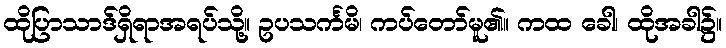
ထိုပြာသာဒ်ရှိရာအရပ်သို့။ ဥပသင်္ကမိ၊ ကပ်တော်မူ၏။ ကထ ခေါ၊ ထိုအခါ၌။